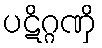
ပဋိဂ္ဂဏှိ